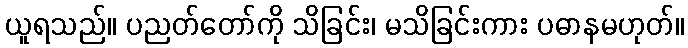
ယူရသည်။ ပညတ်တော်ကို သိခြင်း၊ မသိခြင်းကား ပဓာနမဟုတ်။